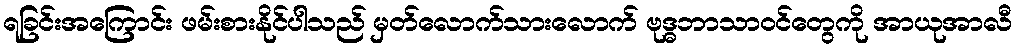
ရခြင်းအကြောင်း ဖမ်းစားနိုင်ပါသည် မှတ်လောက်သားလောက် ဗုဒ္ဓဘာသာဝင်တွေကို အာယုအာလီ